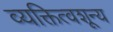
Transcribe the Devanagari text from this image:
व्यक्तित्वशून्य